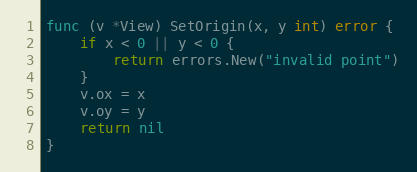
Language: Go
func (v *View) SetOrigin(x, y int) error {
	if x < 0 || y < 0 {
		return errors.New("invalid point")
	}
	v.ox = x
	v.oy = y
	return nil
}